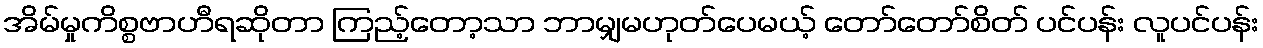
အိမ်မှုကိစ္စဗာဟီရဆိုတာ ကြည့်တော့သာ ဘာမျှမဟုတ်ပေမယ့် တော်တော်စိတ် ပင်ပန်း လူပင်ပန်း